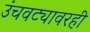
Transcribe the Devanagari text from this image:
उंचवट्यावरही